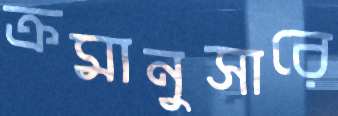
ক্রমানুসারে